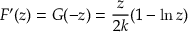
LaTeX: F ^ { \prime } ( z ) = G ( - z ) = { \frac { z } { 2 k } } ( 1 - \ln z )